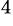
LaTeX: ^{\mathrm{4}}